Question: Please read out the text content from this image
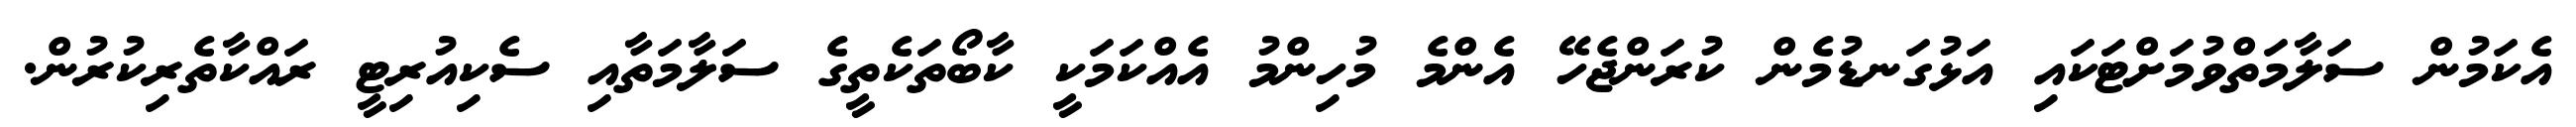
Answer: އެކަމުން ސަލާމަތްވުމަށްޓަކައި އަޅުގަނޑުމެން ކުރަންޖެހޭ އެންމެ މުހިންމު އެއްކަމަކީ ކާބޯތަކެތީގެ ސަލާމަތާއި ސެކިއުރިޓީ ރައްކާތެރިކުރުން.